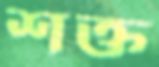
শক্ত